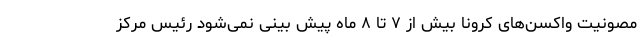
مصونیت واکسن‌های کرونا بیش از ۷ تا ۸ ماه پیش بینی نمی‌شود رئیس مرکز